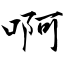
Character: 啊